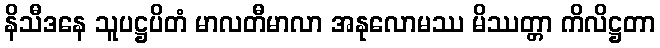
နိသီဒနေ သူပဋ္ဌပိတံ မာလတီမာလာ အနုလောမဿ မိဿတ္တာ ကိလိဋ္ဌတာ